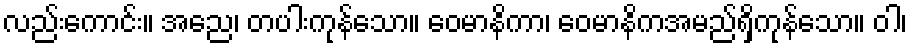
လည်းကောင်း။ အညေ၊ တပါးကုန်သော။ ဝေမာနိကာ၊ ဝေမာနိကအမည်ရှိကုန်သော။ ဝါ၊